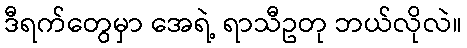
ဒီရက်တွေမှာ အေရဲ့ ရာသီဥတု ဘယ်လိုလဲ။